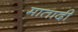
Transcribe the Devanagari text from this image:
मातादी